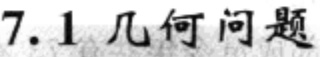
7.1 几何问题